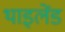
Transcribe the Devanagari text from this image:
थाइलेंड